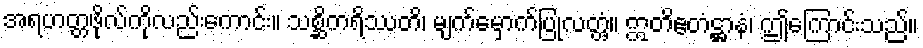
အရဟတ္တဖိုလ်ကိုလည်းကောင်း။ သစ္ဆိကရိဿတိ၊ မျက်မှောက်ပြုလတ္တံ့။ ဣတိဧတံဋ္ဌာနံ၊ ဤကြောင်းသည်။